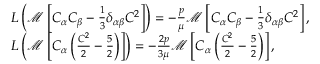
\begin{array} { r l } & { L \left( \mathcal { M } \left[ C _ { \alpha } C _ { \beta } - \frac { 1 } { 3 } \delta _ { \alpha \beta } C ^ { 2 } \right] \right) = - \frac { p } { \mu } \mathcal { M } \left[ C _ { \alpha } C _ { \beta } - \frac { 1 } { 3 } \delta _ { \alpha \beta } C ^ { 2 } \right] , } \\ & { L \left( \mathcal { M } \left[ C _ { \alpha } \left( \frac { C ^ { 2 } } { 2 } - \frac { 5 } { 2 } \right) \right] \right) = - \frac { 2 p } { 3 \mu } \mathcal { M } \left[ C _ { \alpha } \left( \frac { C ^ { 2 } } { 2 } - \frac { 5 } { 2 } \right) \right] , } \end{array}